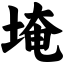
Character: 埯